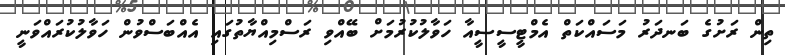
ތިން ރަށުގެ ބަނދަރު މަސައްކަތް އެމްޓީސީސީއާ ހަވާލުކުރުމަށް ބޭއްވި ރަސްމިއްޔާތުގައި އެއްބަސްވުން ހަވާލުކުރައްވަނީ